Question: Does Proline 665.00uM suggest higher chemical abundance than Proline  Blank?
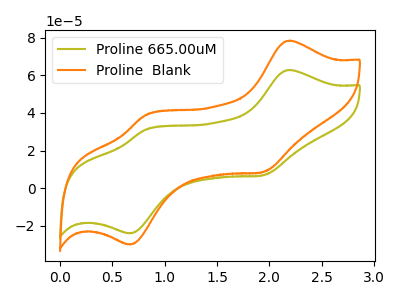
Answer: <think>The olive curve "Proline 665.00uM" has anodic peaks at (2.20V, 62.85uA) (0.80V, 31.15uA) and cathodic peaks at (1.95V, 6.95uA) (0.65V, -23.95uA). The orange curve "Proline  Blank" has anodic peaks at (2.20V, 78.40uA) (0.80V, 38.90uA) and cathodic peaks at (1.95V, 8.65uA) (0.65V, -29.90uA).
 All the peaks in "Proline 665.00uM" have a peak in "Proline  Blank" at the same potential.</think>
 <answer>I cant tell if "Proline 665.00uM" or "Proline  Blank" has more signal.</answer>
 <eval>mixed_signal</eval>